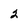
Character: 2